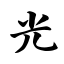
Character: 光